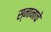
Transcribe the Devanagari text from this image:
स्नानाचे